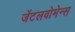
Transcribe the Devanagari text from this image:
जेंटलवोमेन्स